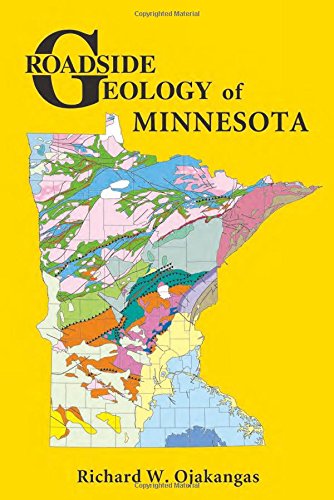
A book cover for Roadside Geology of Minnesota (Roadside Geology Series); Richard W. Ojakangas; Science & Math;